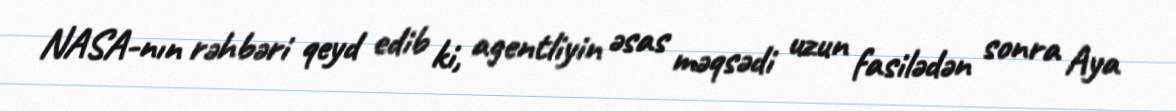
NASA-nın rəhbəri qeyd edib ki, agentliyin əsas məqsədi uzun fasilədən sonra Aya